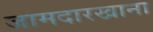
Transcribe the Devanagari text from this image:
जामदारखाना